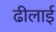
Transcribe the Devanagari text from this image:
ढीलाई